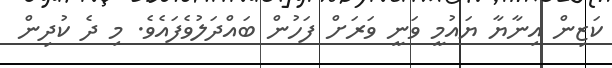
ކަޒިން އިނާޔާ ޔައުމީ ވަނީ ވަރަށް ފަހުން ބައްދަލުވެފައެވެ. މި ދެ ކުދިން